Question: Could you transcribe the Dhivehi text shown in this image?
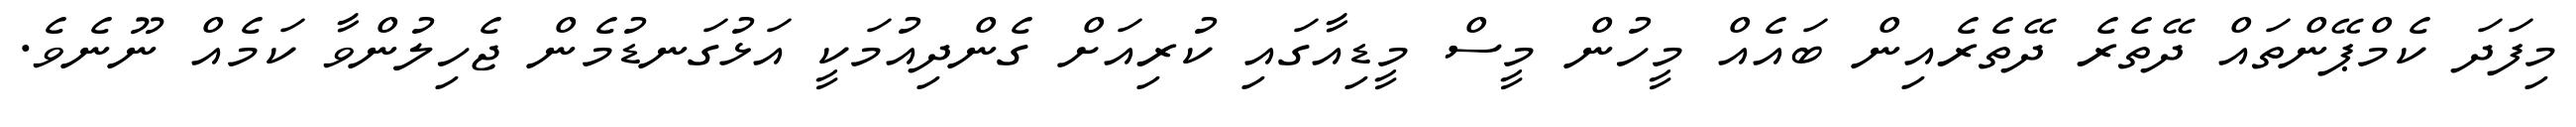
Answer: މިފަދަ ކެމްޕޭންތައް ދޭތެރެ ދޭތެރެއިން ބައެއް މީހުން މީސް މީޑިއާގައި ކުރިއަށް ގެންދިއުމަކީ އަޅުގަނޑުމެން ޖެހިލުންވާ ކަމެއް ނޫނެވެ.